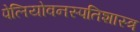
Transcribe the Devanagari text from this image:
पेलियोवनस्पतिशास्त्र